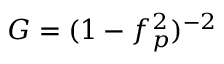
G = ( 1 - f _ { p } ^ { 2 } ) ^ { - 2 }